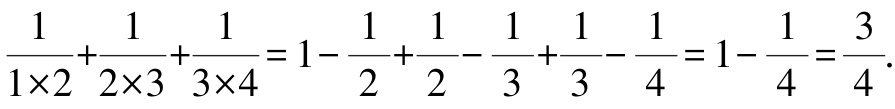
$\frac{1}{1\times2}+\frac{1}{2\times3}+\frac{1}{3\times4}=1-\frac{1}{2}+\frac{1}{2}-\frac{1}{3}+\frac{1}{3}-\frac{1}{4}=1-\frac{1}{4}=\frac{3}{4}.$